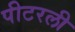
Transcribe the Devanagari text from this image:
पीटरली